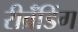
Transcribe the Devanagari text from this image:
रीब्रॅंडिंग